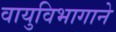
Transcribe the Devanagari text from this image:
वायुविभागाने